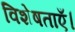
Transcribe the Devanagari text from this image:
विशेषताएँ।